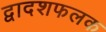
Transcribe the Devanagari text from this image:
द्वादशफलक